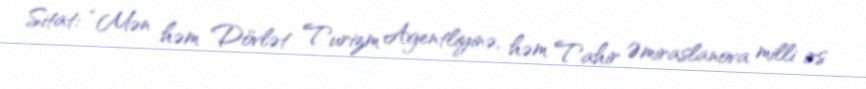
Sitat: “Mən həm Dövlət Turizm Agentliyinə, həm Tahir Əmiraslanova milli irs